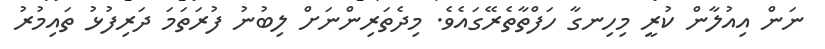
ނަން އިއުލާން ކުރީ މިހިނގާ ހަފްތާތެރޭގައެވެ. މިދެތަރިންނަށް ލިބުނު ފުރަތަމަ ދަރިފުޅު ތައިމުރު